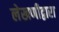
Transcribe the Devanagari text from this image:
लेखणीद्वारा